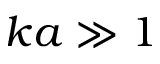
k a \gg 1